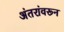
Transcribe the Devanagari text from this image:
अंतरांवरून